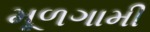
મૂળગામી